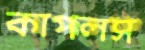
কাপলস